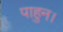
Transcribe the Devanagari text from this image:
पाहुन।